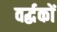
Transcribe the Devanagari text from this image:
वर्द्धकों